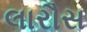
લારૌસ